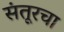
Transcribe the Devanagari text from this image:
संतूरचा